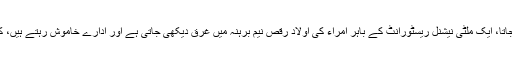
ایک طرف سڑکوں پر واضع نیم پلیٹ لگی فورٹنر گاڑی دندناتی ہے اور کوئی نوٹس نہیں لیا جاتا، ایک ملٹی نیشنل ریسٹورانٹ کے باہر امراء کی اولاد رقص نیم برہنہ میں غرق دیکھی جاتی ہے اور ادارے خاموش رہتے ہیں، کیا ایسا محسوس نہیں ہو رہا کہ ریاست آپکے ڈرائنگ روم سے سیدھا بیڈروم میں در آئی ہے؟